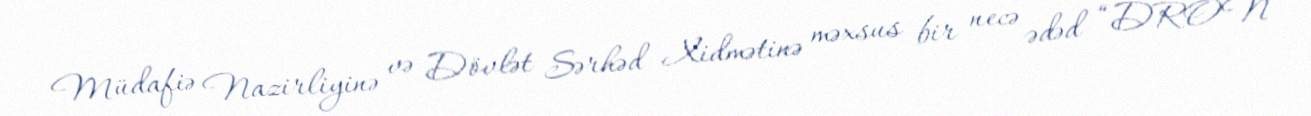
Müdafiə Nazirliyinə və Dövlət Sərhəd Xidmətinə məxsus bir necə ədəd “DRON”